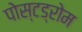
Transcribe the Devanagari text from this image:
पोस्टड्रोम